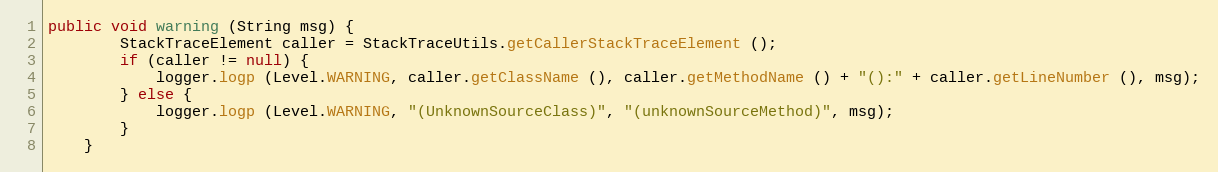
Language: Java
public void warning (String msg) {
		StackTraceElement caller = StackTraceUtils.getCallerStackTraceElement ();
		if (caller != null) {
			logger.logp (Level.WARNING, caller.getClassName (), caller.getMethodName () + "():" + caller.getLineNumber (), msg);
		} else {
			logger.logp (Level.WARNING, "(UnknownSourceClass)", "(unknownSourceMethod)", msg);
		}
	}